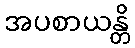
အပစာယန္တိ